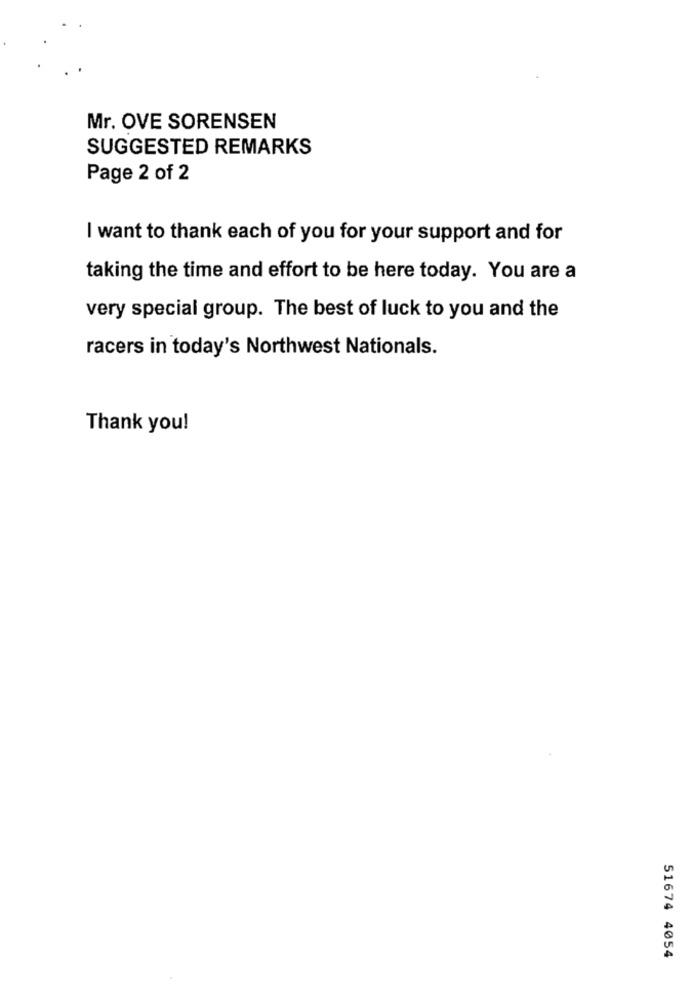
Mr. OVE SORENSEN
SUGGESTED REMARKS
Page 2 of 2
I want to thank each of you for your support and for
taking the time and effort to be here today. You are a
very special group. The best of luck to you and the
racers in today's Northwest Nationals.
Thank you!
51674 4054